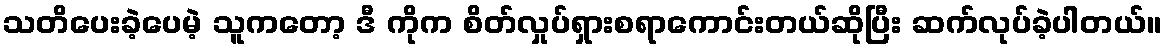
သတိပေးခဲ့ပေမဲ့ သူကတော့ ဒီ ကိုက စိတ်လှုပ်ရှားစရာကောင်းတယ်ဆိုပြီး ဆက်လုပ်ခဲ့ပါတယ်။